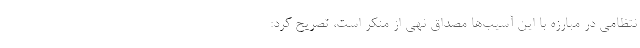
نتظامی در مبارزه با این آسیب‌ها مصداق نهی از منکر است، تصریح کرد: